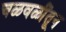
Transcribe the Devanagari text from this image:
चळवळींतून